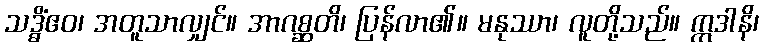
သဒ္ဓိံဧဝ၊ အတူသာလျှင်။ အာဂစ္ဆတိ၊ ပြန်လာ၏။ မနုဿာ၊ လူတို့သည်။ ဣဒါနိ၊